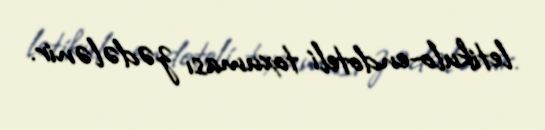
letikulo-endoteli toxuması zədələnir.